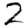
Digit: 2